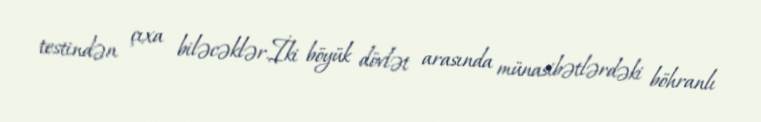
testindən çıxa biləcəklər.İki böyük dövlət arasında münasibətlərdəki böhranlı